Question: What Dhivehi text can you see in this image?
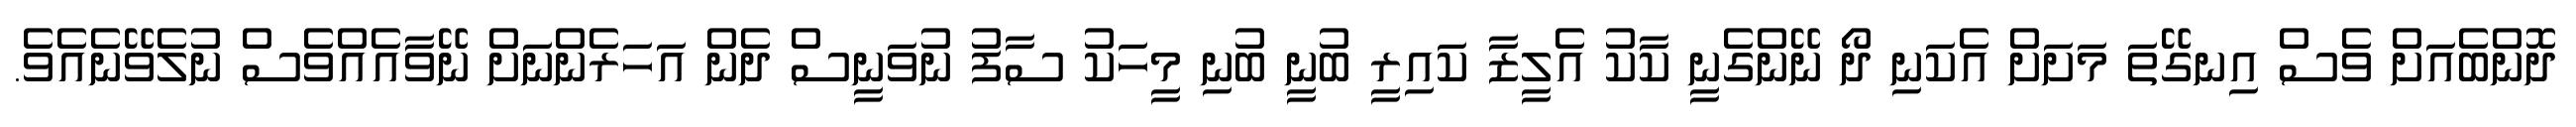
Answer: ދޮންބެއަށް ވެސް އިނގޭތަ މަށަށް އެކަނި ދޯ ނޭންގެނީ ކާކު އެލީޒާ ކައިރީ ބުނީ ބުނި މީހަކު ސާފު ނުވަނީސް ދެން އަހަރެންނަށް ނޭވާއެއްވެސް ނުލެވޭނެއެވެ.